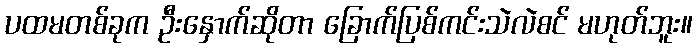
ပထမတစ်ခုက ဦးနှောက်ဆိုတာ ခြောက်ပြစ်ကင်းသဲလဲစင် မဟုတ်ဘူး။